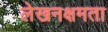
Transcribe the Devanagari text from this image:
लेखनक्षमता